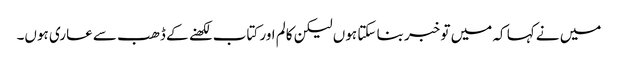
میں نے کہا کہ میں تو خبر بنا سکتا ہوں لیکن کالم اور کتاب لکھنے کے ڈھب سے عاری ہوں۔